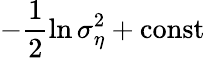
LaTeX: -\frac{1}{2}\ln\sigma_{\eta}^{2}+\mathrm{const}